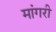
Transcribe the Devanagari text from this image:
मांगरी